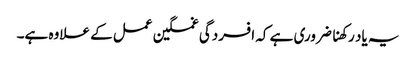
یہ یاد رکھنا ضروری ہے کہ افسردگی غمگین عمل کے علاوہ ہے۔